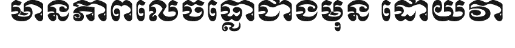
មានភាពលេចធ្លោជាងមុន ដោយវា